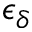
\epsilon _ { \delta }